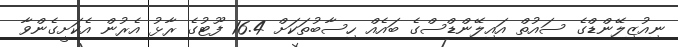
ނިއުޒިލޭންޑްގެ ސައުތް އައިލޭންޑްސްގެ ބައެއް ހިސާބުތަކަށް 16.4 ފޫޓުގެ ރާޅު އެރުން އެކަށީގެންވާ